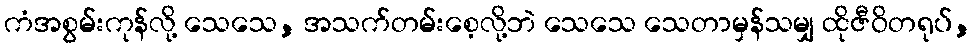
ကံအစွမ်းကုန်လို့ သေသေ, အသက်တမ်းစေ့လို့ဘဲ သေသေ သေတာမှန်သမျှ ထိုဇီဝိတရုပ်,